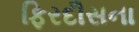
ફિરદૌસના